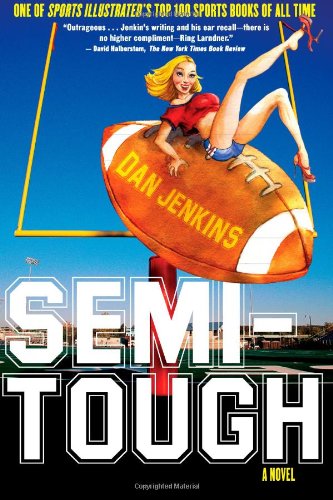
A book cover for Semi-Tough: A Novel; Dan Jenkins; Literature & Fiction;